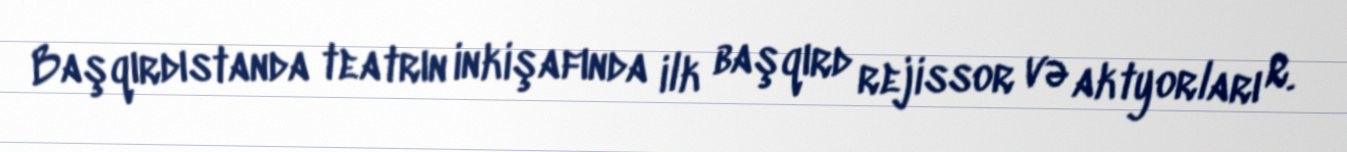
Başqırdıstanda teatrın inkişafında ilk başqırd rejissor və aktyorları R.